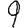
Digit: 9